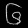
Digit: ၆